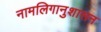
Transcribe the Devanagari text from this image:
नामलिगानुशासन